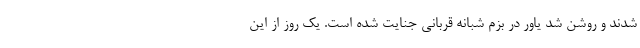
شدند و روشن شد یاور در بزم شبانه قربانی جنایت شده است. یک روز از این